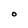
Character: O